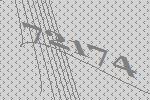
72174